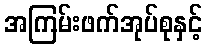
အကြမ်းဖက်အုပ်စုနှင့်